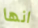
انها